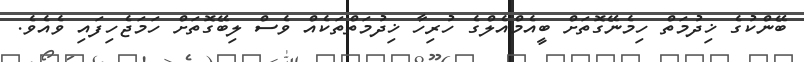
ބޭންކުގެ ޚިދުމަތް ހިމެނޭގޮތަށް ބީއެމްއެލްގެ ހުރިހާ ޚިދުމަތްތަކެއް ވެސް ލިބޭގޮތަށް ހަމަޖެހިފައި ވެއެވެ.